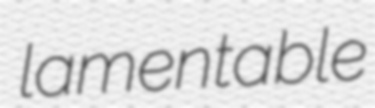
lamentable